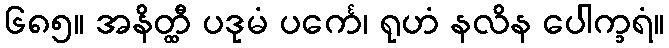
၆၈၅။ အနိတ္ထီ ပဒုမံ ပင်္ကေ၊ ရုဟံ နလိန ပေါက္ခရံ။